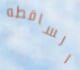
الساقطه